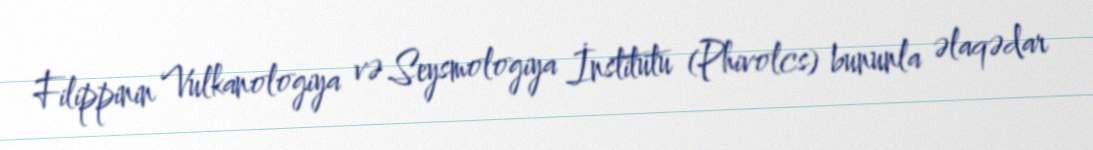
Filippinin Vulkanologiya və Seysmologiya İnstitutu (Phivolcs) bununla əlaqədar